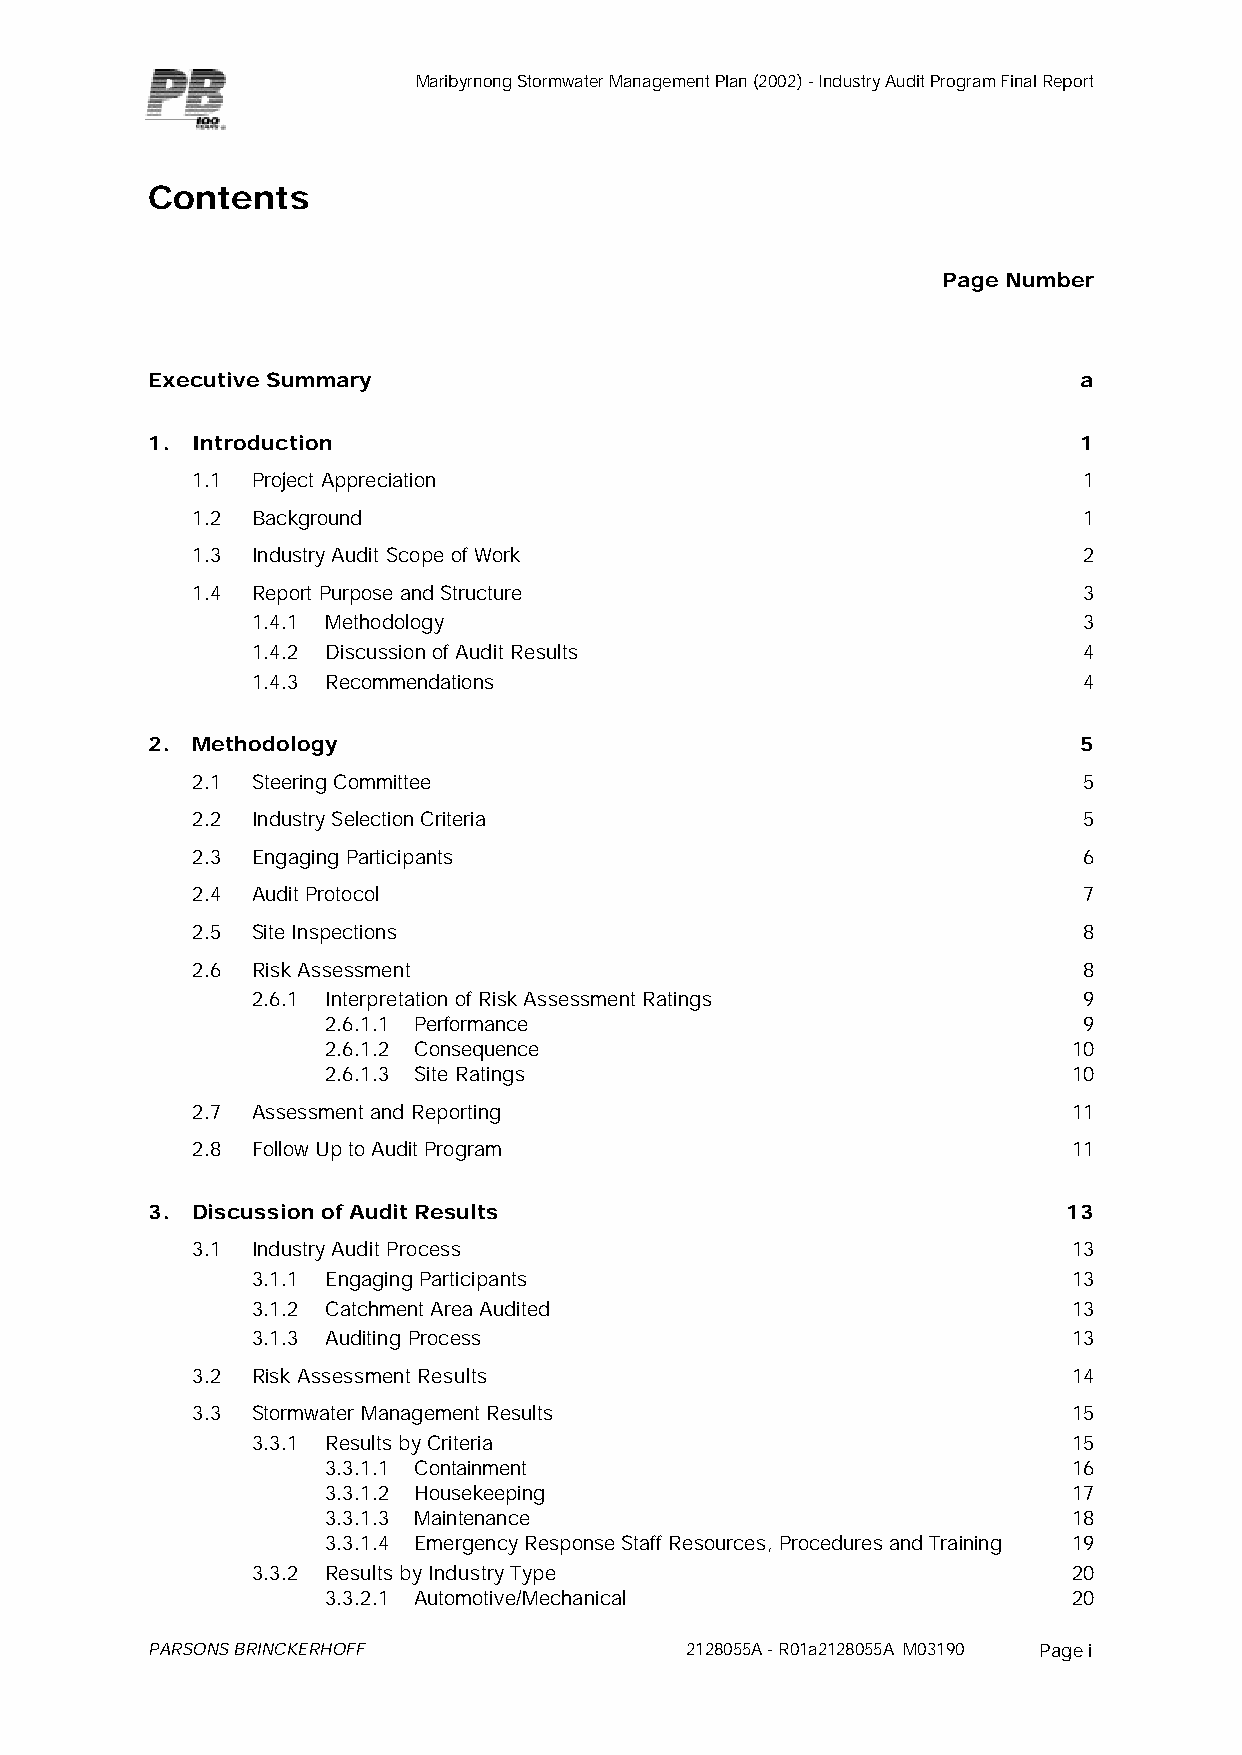
Maribyrnong Stormwater Management Plan (2002) - Industry Audit Program Final Report
 Contents
 Page Number
 Executive Summary                                            a
 1. Introduction                                              1
 1.1 Project Appreciation                                   1
 1.2 Background                                             1
 1.3 Industry Audit Scope of Work                           2
 1.4 Report Purpose and Structure                           3
 1.4.1 Methodology                                      3
 1.4.2 Discussion of Audit Results                      4
 1.4.3 Recommendations                                  4
 2. Methodology                                               5
 2.1 Steering Committee                                     5
 2.2 Industry Selection Criteria                            5
 2.3 Engaging Participants                                  6
 2.4 Audit Protocol                                         7
 2.5 Site Inspections                                       8
 2.6 Risk Assessment                                        8
 2.6.1 Interpretation of Risk Assessment Ratings        9
 2.6.1.1 Performance                               9
 2.6.1.2 Consequence                              10
 2.6.1.3 Site Ratings                             10
 2.7 Assessment and Reporting                              11
 2.8 Follow Up to Audit Program                            11
 3. Discussion of Audit Results                               13
 3.1 Industry Audit Process                                13
 3.1.1 Engaging Participants                           13
 3.1.2 Catchment Area Audited                          13
 3.1.3 Auditing Process                                13
 3.2 Risk Assessment Results                               14
 3.3 Stormwater Management Results                         15
 3.3.1 Results by Criteria                             15
 3.3.1.1 Containment                              16
 3.3.1.2 Housekeeping                             17
 3.3.1.3 Maintenance                              18
 3.3.1.4 Emergency Response Staff Resources, Procedures and Training 19
 3.3.2 Results by Industry Type                        20
 3.3.2.1 Automotive/Mechanical                    20
 PARSONS BRINCKERHOFF               2128055A - R01a2128055A M03190 Page i